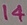
Text: 14